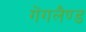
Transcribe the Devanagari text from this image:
गेंगलैण्ड